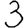
Digit: 3